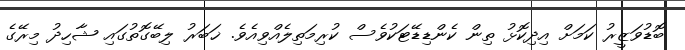
ބޮޑުވަޒީރު ކަމަށް އިދިކޮޅު ތިން ކެންޑިޑޭޓަކުވެސް ކުރިމަތިލެއްވިއެވެ. ޚަބަރު ލިބޭގޮތުގައި ޝާހިދު މިރޭގެ